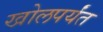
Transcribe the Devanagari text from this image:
खोलपर्यंत